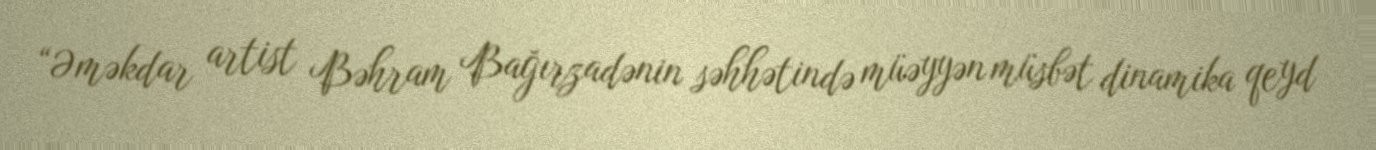
“Əməkdar artist Bəhram Bağırzadənin səhhətində müəyyən müsbət dinamika qeyd